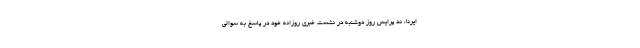
ایرنا، ند پرایس روز دوشنبه در نشست خبری روزانه خود در پاسخ به سوالی